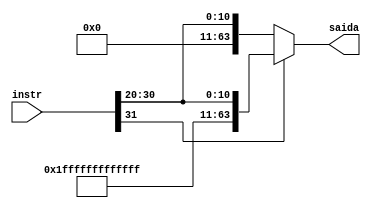
module ImediatoI #(parameter BITSENTRADA = 32, BITSIMM = 12, BITSSAIDA = 64)
(instr, saida);

input [BITSENTRADA-1:0] instr;
wire [BITSIMM-1:0] imm;
output [BITSSAIDA-1:0] saida;

assign imm = instr[31:20];
assign saida = imm[BITSIMM - 1] ? {~(52'b0), imm} :
                                        {52'b0, imm};

    
endmodule